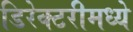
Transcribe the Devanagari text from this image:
डिरेक्टरीमध्ये